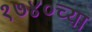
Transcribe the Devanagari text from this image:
१७४०च्या